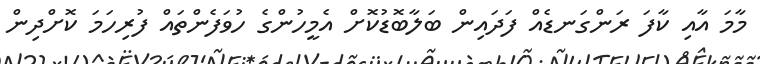
މާމަ އާއި ކާފަ ރަންގަނޑެއް ފަދައިން ބަލާބޮޑުކޮށް އެމީހުންގެ ހުވަފެންތައް ފުރިހަމަ ކޮށްދިން